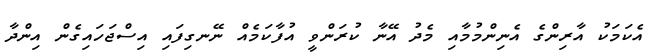
އެކަމަކު އާރިންގެ އެނިންމުމާއި މެދު އޭނާ ކުރަންވީ އުފާކަމެއް ނޭނގިފައި އިސްޖަހައިގެން އިންދާ